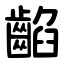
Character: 䶟